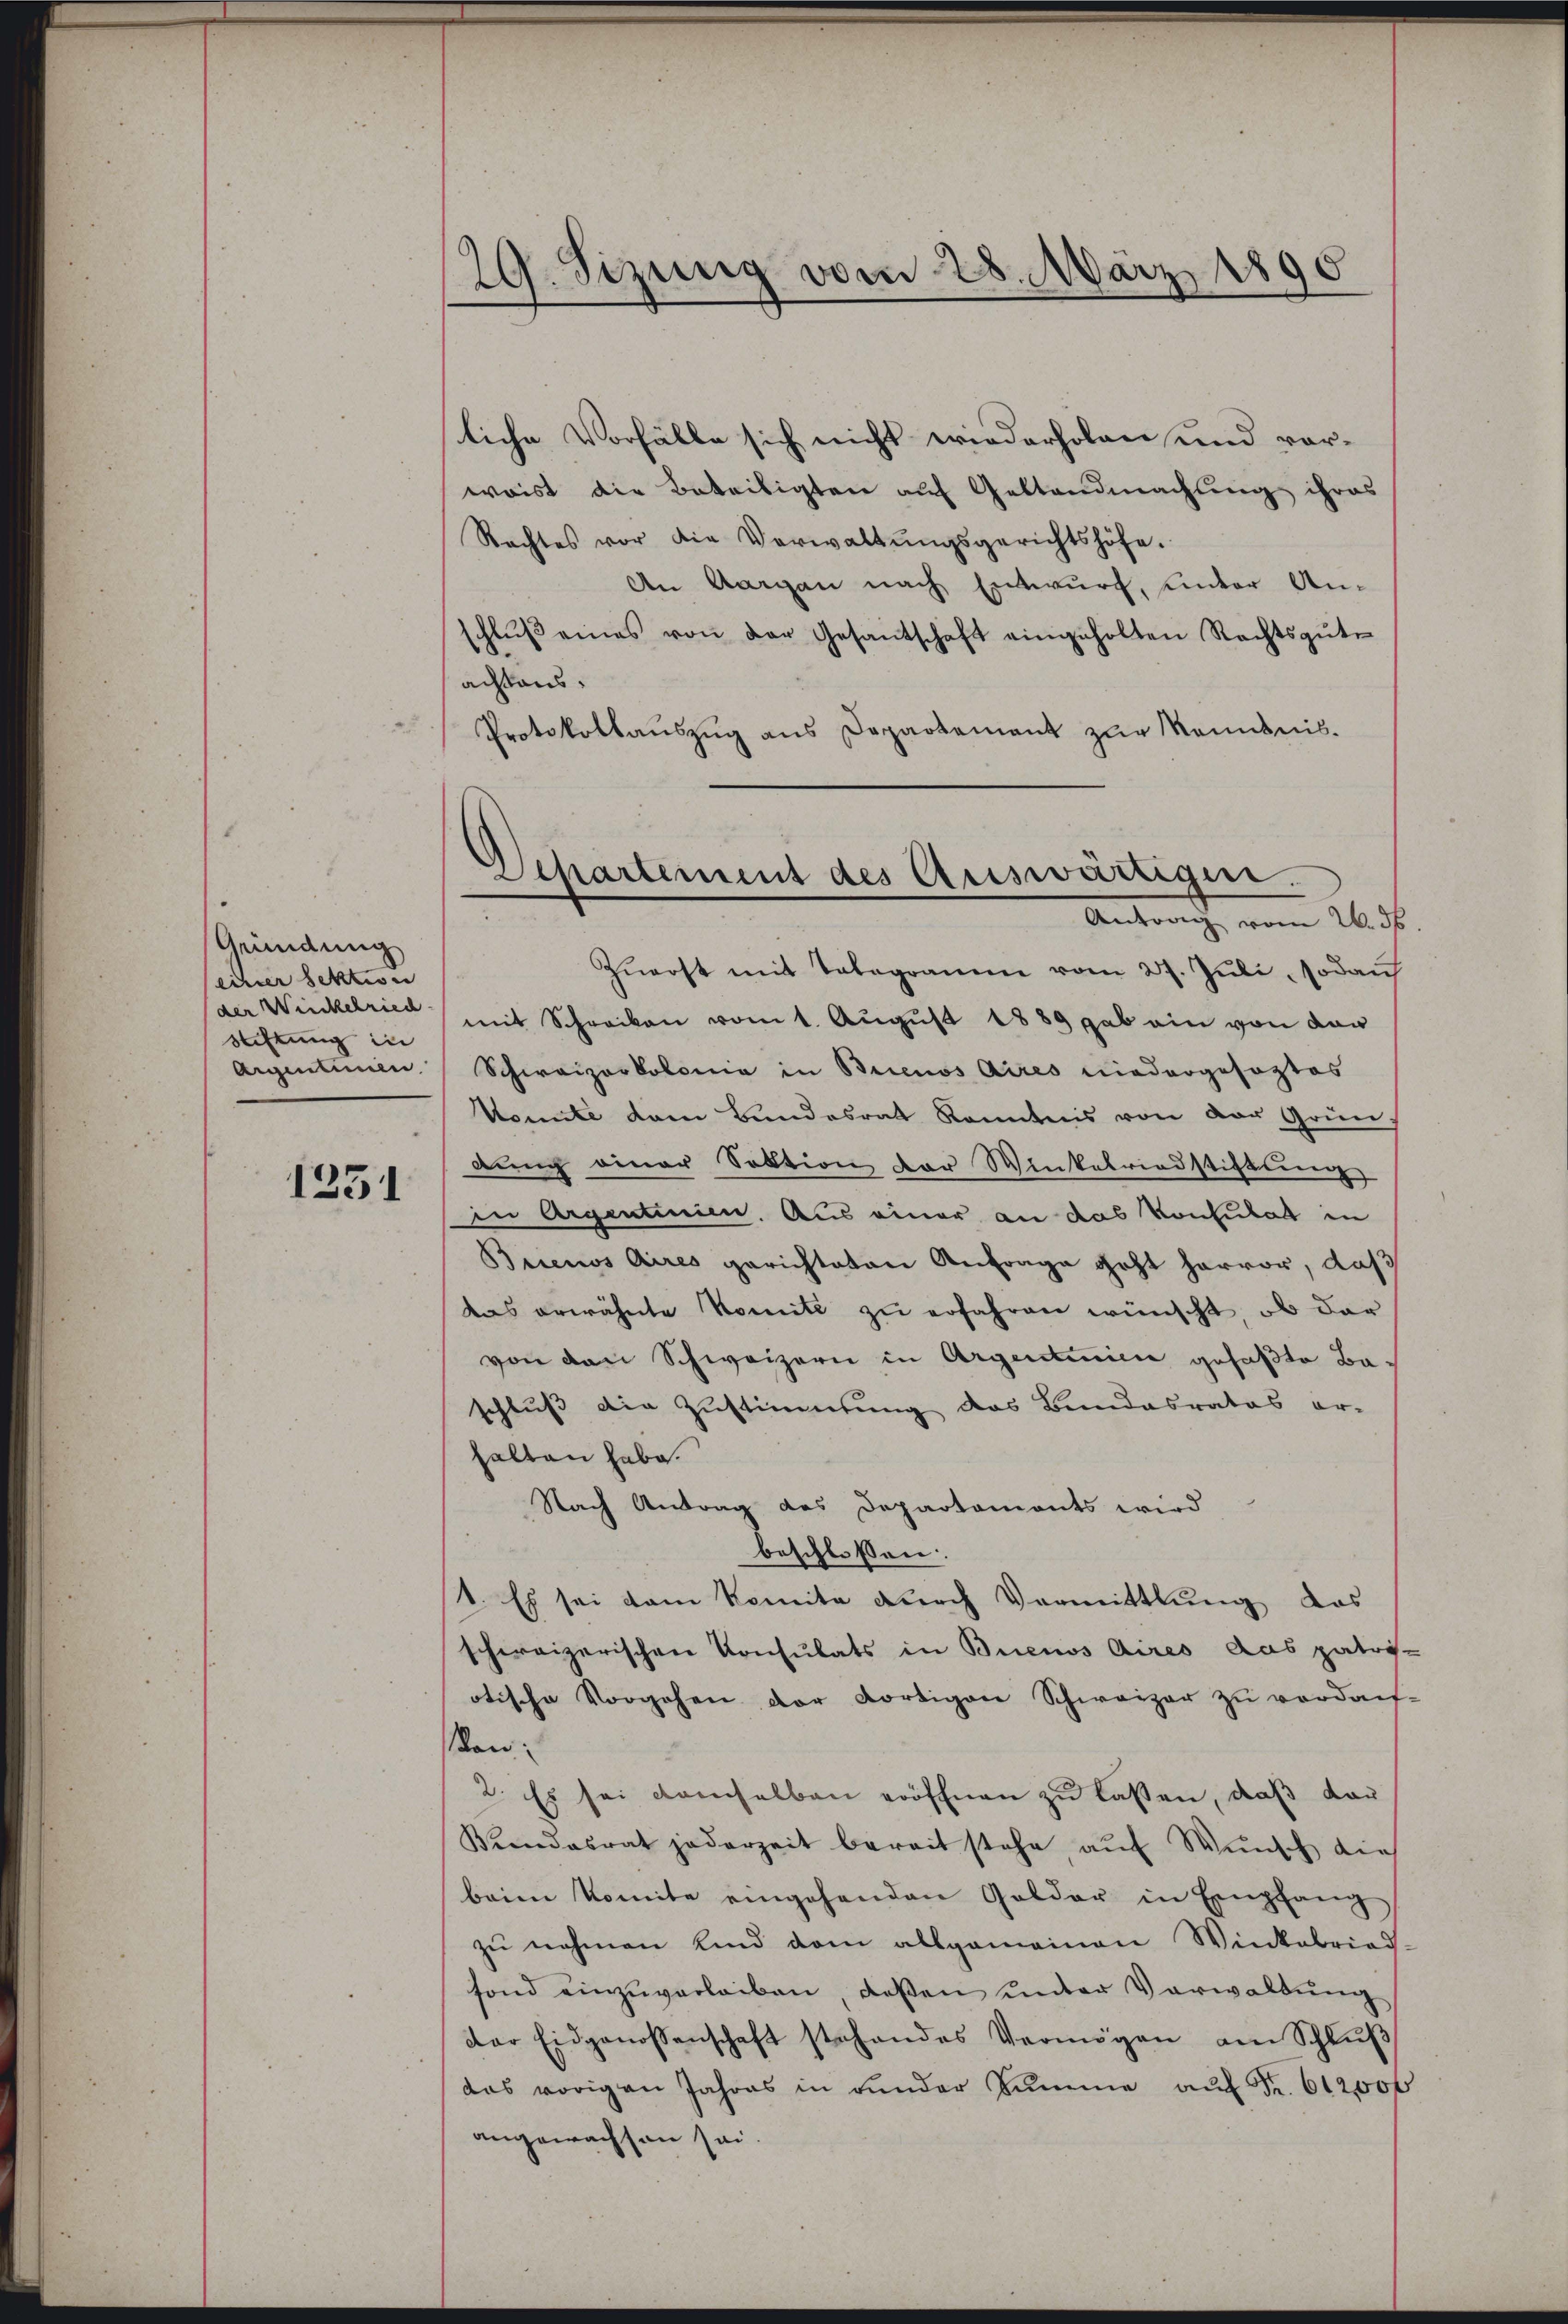
Geündung
einer Sektion
der Winkelried
Stiftung in
Aigensman.

1231

29. Sitzung vom 28. März 1890

Departement des Auswärtiger.
Antrag vom 26. ds.

liche Vorfälle sich nicht wiederholen und vor-
waist die Beteiligten auf Gestandmachung ihres
Rechtes vor die Verwaltŭngsgerichtshöfe.
An Aargau nach Entwurf, unter Anschlŭβ eines von der Gesantschaft eingeholten Rechtsgüte
achtens.
Protokollauszug aus Departement zur Kenntnis.
Zŭerst mit Telegramm vom 27. Jŭli , sodan
mit Schreiben vom 1. August 1889 gab ein von den
Schweizerkolonia in Brienos Aires niedergeseztes
Komite dem Bundesrat Kenntnis von der Grün-
dung einer Sektion der Winkelriedstiftung
in Argentinien. Aus einer an das Konsulat in
Brienos Aires gerichteten Anfrage geht hervor, daß
das erwähnte Komite zu erfahren wünscht, ob dar
von den Schweizern in Argentinien gefaßte Baschluß die Zustimmung das Bundesrates er-
halten habe.
Nach Antrag des Departaments wird
beschlossen:
st. Es sei dem Komita durch Vermittlung das
schweizerischen Konsulats in Buenos Aires das patri.
otische Vorgehen der dortigen Schweizer zu verdanf
on:
2. Es sei demselben eröffnen zu lassen, daß dar
Viendesrat jederzeit bereit stehe, aŭf Wunsch die
beim Komite eingehenden Golder in Empfang
zŭ nehmen Kind dem allgemeinen Winkebried
fond einzŭverleiben, daβen ŭnter Verwaltŭng
der Eidgenossenschaft stehendes Vermögen am Schlŭβ
das vorigen Jahres in rŭnder Sŭmme aŭf Fr. 612,00f
angewachsen sei.